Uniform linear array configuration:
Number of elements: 4
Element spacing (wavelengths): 1
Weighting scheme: uniform
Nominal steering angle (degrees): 30
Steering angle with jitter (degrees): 28.558
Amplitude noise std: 0.05
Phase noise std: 0.05

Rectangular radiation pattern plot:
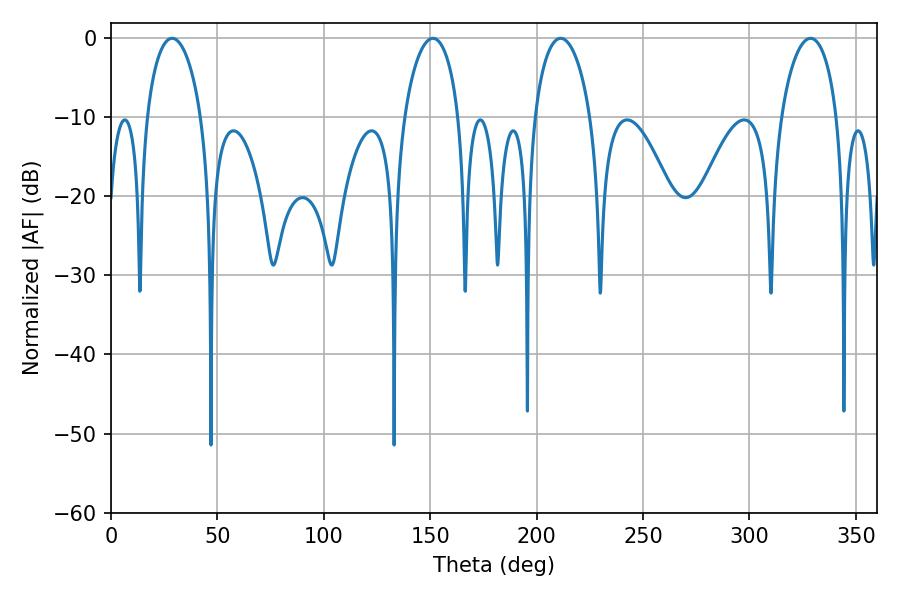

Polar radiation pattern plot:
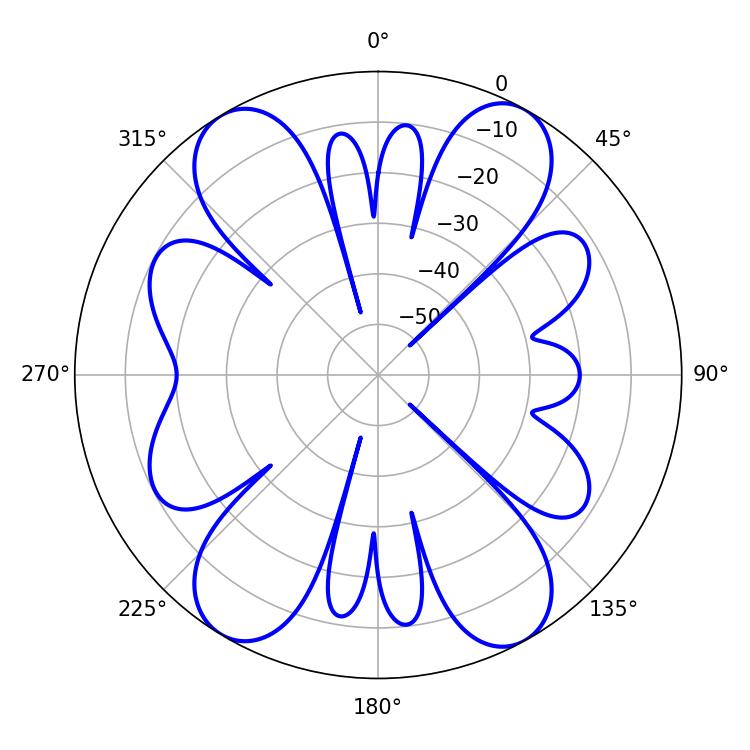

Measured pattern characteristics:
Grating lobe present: TRUE
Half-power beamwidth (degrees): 14.94
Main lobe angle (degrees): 211.32